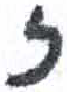
אות: ז